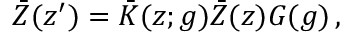
\bar { Z } ( z ^ { \prime } ) = \bar { K } ( z ; g ) \bar { Z } ( z ) G ( g ) \, ,